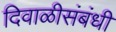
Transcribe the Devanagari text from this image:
दिवाळीसंबंधी